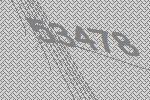
53478